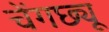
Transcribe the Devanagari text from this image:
चेंगछ्यू